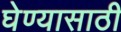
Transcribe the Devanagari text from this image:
घेण्‍यासाठी